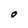
Character: O